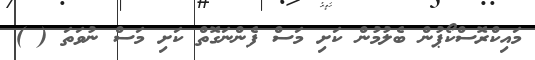
މައިކްރޮސްކޯޕުން ބެލުމުން ކަށި މަސް ފެންނަގޮތް ކަށި މަސް ނުވަތަ ( )